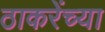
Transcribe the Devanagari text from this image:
ठाकरेंच्या